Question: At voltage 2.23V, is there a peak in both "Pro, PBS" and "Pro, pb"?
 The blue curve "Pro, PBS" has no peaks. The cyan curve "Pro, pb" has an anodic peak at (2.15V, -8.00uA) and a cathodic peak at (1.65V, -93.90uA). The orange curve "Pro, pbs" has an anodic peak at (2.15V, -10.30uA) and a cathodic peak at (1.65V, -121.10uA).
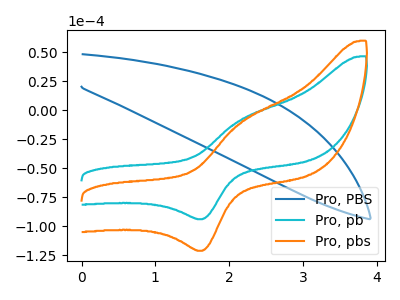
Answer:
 <answer>No, "Pro, PBS" and "Pro, pb" dont share a peak at 2.23V.</answer>
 <eval>mismatch</eval>